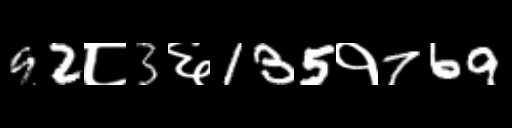
Text: 92८3६135१769